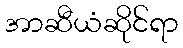
အာဆီယံဆိုင်ရာ